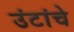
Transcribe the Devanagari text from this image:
उंटांचे